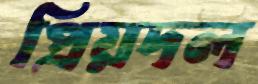
প্রিয়দল